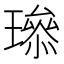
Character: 𤩨